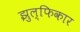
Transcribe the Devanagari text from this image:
झुल्फिकार